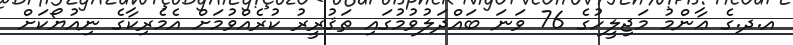
އ.ދ.ގެ ޢާންމު މަޖިލީހުގެ 76 ވަނަ ބައްދަލުވުމުގައި ތަޤުރީރު ކުރެއްވުމަށް އެމެރިކާގެ ނިއުޔޯކަށް